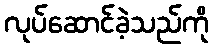
လုပ်ဆောင်ခဲ့သည်ကို